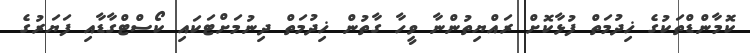
ކޮމާންޑްތަކުގެ ޚިދުމަތް ފުޅާކޮށް ރައްޔިތުންނާ ވީހާ ގާތުން ޚިދުމަތް ދިނުމަށްޓަކައި ކޯސްޓްގާޑާއި ފަޔަރުގެ